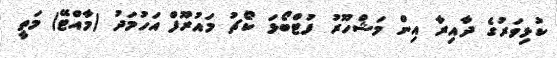
ކުޅިވަރުގެ ދާއިރާ އިން މަޝްހޫރު ފުޓްބޯޅަ ކޯޗު މައުރޫފް އަހުމަދު (މާއްޓޭ) މަތީ